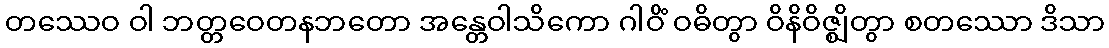
တဿေဝ ဝါ ဘတ္တဝေတနဘတော အန္တေဝါသိကော ဂါဝိံ ဝဓိတွာ ဝိနိဝိဇ္ဈိတွာ စတဿော ဒိသာ